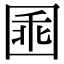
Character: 𡇸